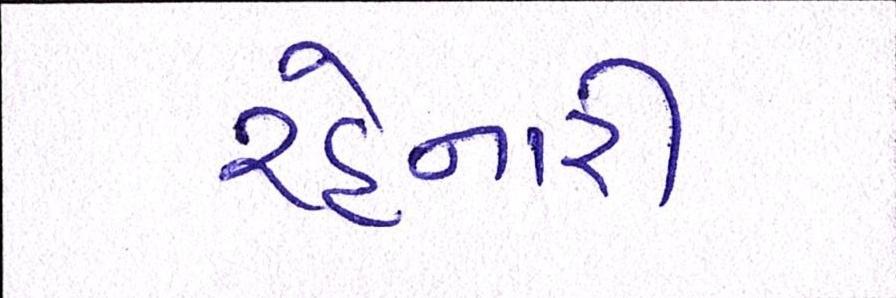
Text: રહેનારી